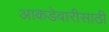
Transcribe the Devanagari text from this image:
आकडेवारीसाठी